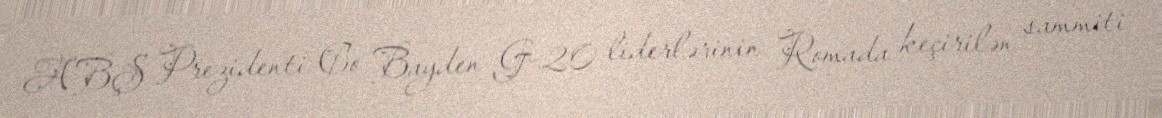
ABŞ Prezidenti Co Bayden G-20 liderlərinin Romada keçirilən sammiti